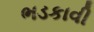
ભડકાવી